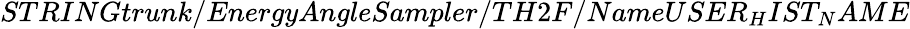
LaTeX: STRINGtrunk/EnergyAngleSampler/TH2F/NameUSER_{H}IST_{N}AME